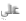
علي